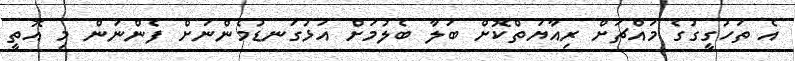
އެ ތަހުގީގުގެ މައްޗަށް ރިއާޔަތްކޮށް ބަލާ ބެލުމަށް އަޅުގަނޑުމެންނަށް ފެންނަން މި އޮތީ